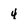
Character: 4